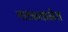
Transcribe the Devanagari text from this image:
नाट्यशाळेत